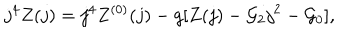
LaTeX: j ^ { 4 } Z ( j ) = j ^ { 4 } Z ^ { ( 0 ) } ( j ) - g [ Z ( j ) - { \cal G } _ { 2 } j ^ { 2 } - { \cal G } _ { 0 } ] ,